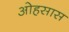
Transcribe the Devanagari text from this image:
ओहसास